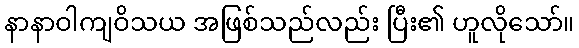
နာနာဝါကျဝိသယ အဖြစ်သည်လည်း ပြီး၏ ဟူလိုသော်။